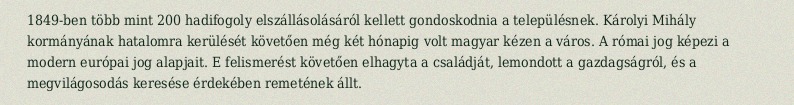
1849-ben több mint 200 hadifogoly elszállásolásáról kellett gondoskodnia a településnek. Károlyi Mihály kormányának hatalomra kerülését követően még két hónapig volt magyar kézen a város. A római jog képezi a modern európai jog alapjait. E felismerést követően elhagyta a családját, lemondott a gazdagságról, és a megvilágosodás keresése érdekében remetének állt.